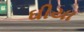
ઘીયા